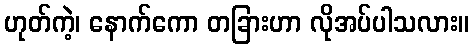
ဟုတ်ကဲ့၊ နောက်ကော တခြားဟာ လိုအပ်ပါသလား။